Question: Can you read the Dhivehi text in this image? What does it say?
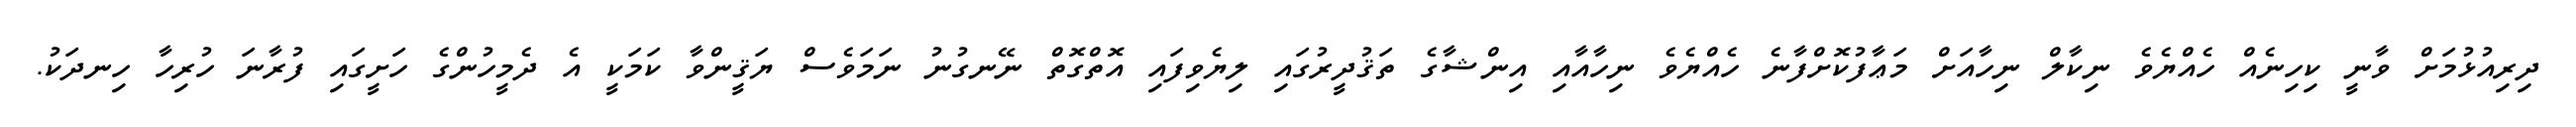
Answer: ދިރިއުޅުމަށް ވާނީ ކިހިނެއް ހެއްޔެވެ ނިކާލް ނިހާއަށް މަޢާފުކޮށްފާނެ ހެއްޔެވެ ނިހާއާއި އިންޝާގެ ތަޤުދީރުގައި ލިޔެވިފައި އޮތްގޮތް ނޭނގުނު ނަމަވެސް ޔަޤީންވާ ކަމަކީ އެ ދެމީހުންގެ ހަށީގައި ފުރާނަ ހުރިހާ ހިނދަކު.